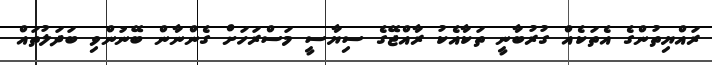
ރައްޔިތުންގެ އެތަކެއް ގުރުބާނީ ތަކާއެކު ރާއްޖޭގެ ސިޔާސީ މަސްރަހަށް ގެންނާން ބޭނުންވި ބަދަލުތައް